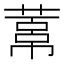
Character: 𦻋